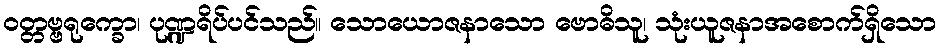
ဝတ္တဗ္ဗရုက္ခော၊ ပုဏ္ဍရိပ်ပင်သည်။ သောယောဇနာသော ဗောဓိသူ၊ သုံးယူဇနာအစောက်ရှိသော